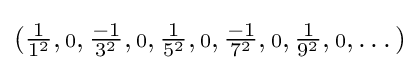
({\tfrac {1}{1^{2}}},{\scriptstyle {\text{0}}},{\tfrac {-1}{3^{2}}},{\scriptstyle {\text{0}}},{\tfrac {1}{5^{2}}},{\scriptstyle {\text{0}}},{\tfrac {-1}{7^{2}}},{\scriptstyle {\text{0}}},{\tfrac {1}{9^{2}}},{\scriptstyle {\text{0}}},\dots )